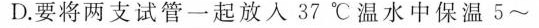
D.要将两支试管一起放入37℃温水中保温5~